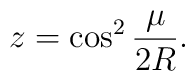
z = \cos^2 \frac{\mu}{2R}.